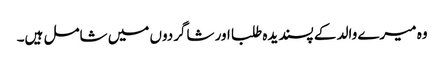
وہ میرے والد کے پسندیدہ طلبا اور شاگردوں میں شامل ہیں۔